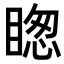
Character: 𥈝